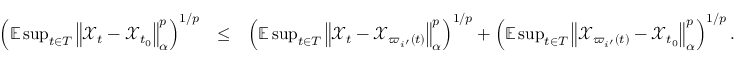
\begin{array} { r l r } { \left( \mathbb { E } \operatorname* { s u p } _ { t \in T } \left\Vert \mathcal { X } _ { t } - \mathcal { X } _ { t _ { 0 } } \right\Vert _ { \alpha } ^ { p } \right) ^ { 1 / p } } & { \leq } & { \left( \mathbb { E } \operatorname* { s u p } _ { t \in T } \left\Vert \mathcal { X } _ { t } - \mathcal { X } _ { \varpi _ { i ^ { \prime } } ( t ) } \right\Vert _ { \alpha } ^ { p } \right) ^ { 1 / p } + \left( \mathbb { E } \operatorname* { s u p } _ { t \in T } \left\Vert \mathcal { X } _ { \varpi _ { i ^ { \prime } } ( t ) } - \mathcal { X } _ { t _ { 0 } } \right\Vert _ { \alpha } ^ { p } \right) ^ { 1 / p } . } \end{array}